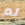
لم